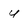
Character: U